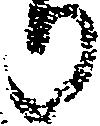
り